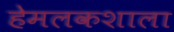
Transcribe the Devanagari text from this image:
हेमलकशाला